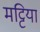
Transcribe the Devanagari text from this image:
मट्टियां